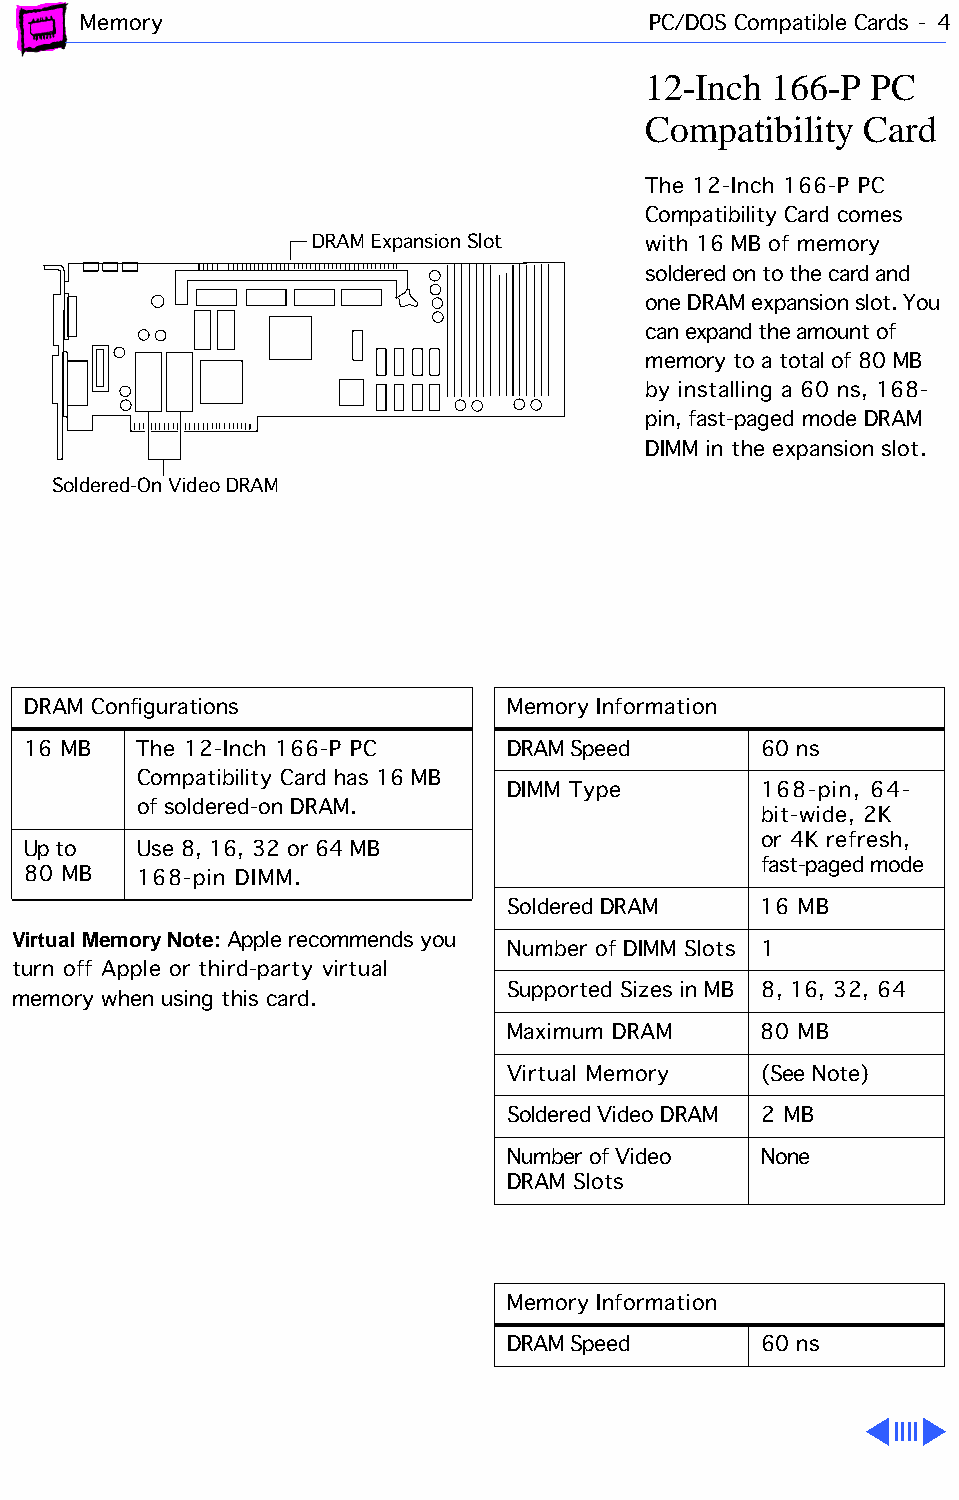
Memory                               PC/DOS Compatible Cards - 4
 12-Inch  166-P PC
 Compatibility  Card
 The 12-Inch 166-P PC
 Compatibility Card comes
 DRAM Expansion Slot   with 16 MB of memory
 soldered on to the card and
 one DRAM expansion slot. You
 can expand the amount of
 memory to a total of 80 MB
 by installing a 60 ns, 168-
 pin, fast-paged mode DRAM
 DIMM in the expansion slot.
 Soldered-On Video DRAM
 DRAM Configurations             Memory Information
 16 MB   The 12-Inch 166-P PC    DRAM Speed       60 ns
 Compatibility Card has 16 MB
 DIMM Type        168-pin, 64-
 of soldered-on DRAM.
 bit-wide, 2K
 or 4K refresh,
 Up to   Use 8, 16, 32 or 64 MB
 fast-paged mode
 80 MB   168-pin DIMM.
 Soldered DRAM    16 MB
 Virtual Memory Note: Apple recommends you
 Number of DIMM Slots 1
 turn off Apple or third-party virtual
 Supported Sizes in MB 8, 16, 32, 64
 memory when using this card.
 Maximum DRAM     80 MB
 Virtual Memory   (See Note)
 Soldered Video DRAM 2 MB
 Number of Video  None
 DRAM Slots
 Memory Information
 DRAM Speed       60 ns